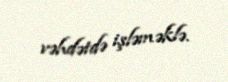
vəhdətdə işləməklə.